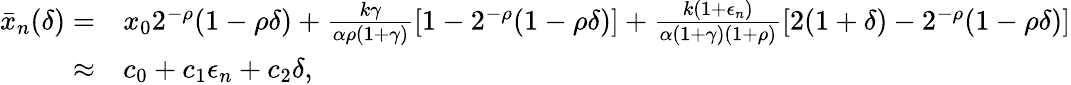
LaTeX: \begin{array}{rl}{\bar{x}_{n}(\delta)=}&{x_{0}2^{-\rho}(1-\rho\delta)+\frac{k\gamma}{\alpha\rho(1+\gamma)}[1-2^{-\rho}(1-\rho\delta)]+\frac{k(1+\epsilon_{n})}{\alpha(1+\gamma)(1+\rho)}[2(1+\delta)-2^{-\rho}(1-\rho\delta)]}\\ {\approx}&{c_{0}+c_{1}\epsilon_{n}+c_{2}\delta,}\end{array}